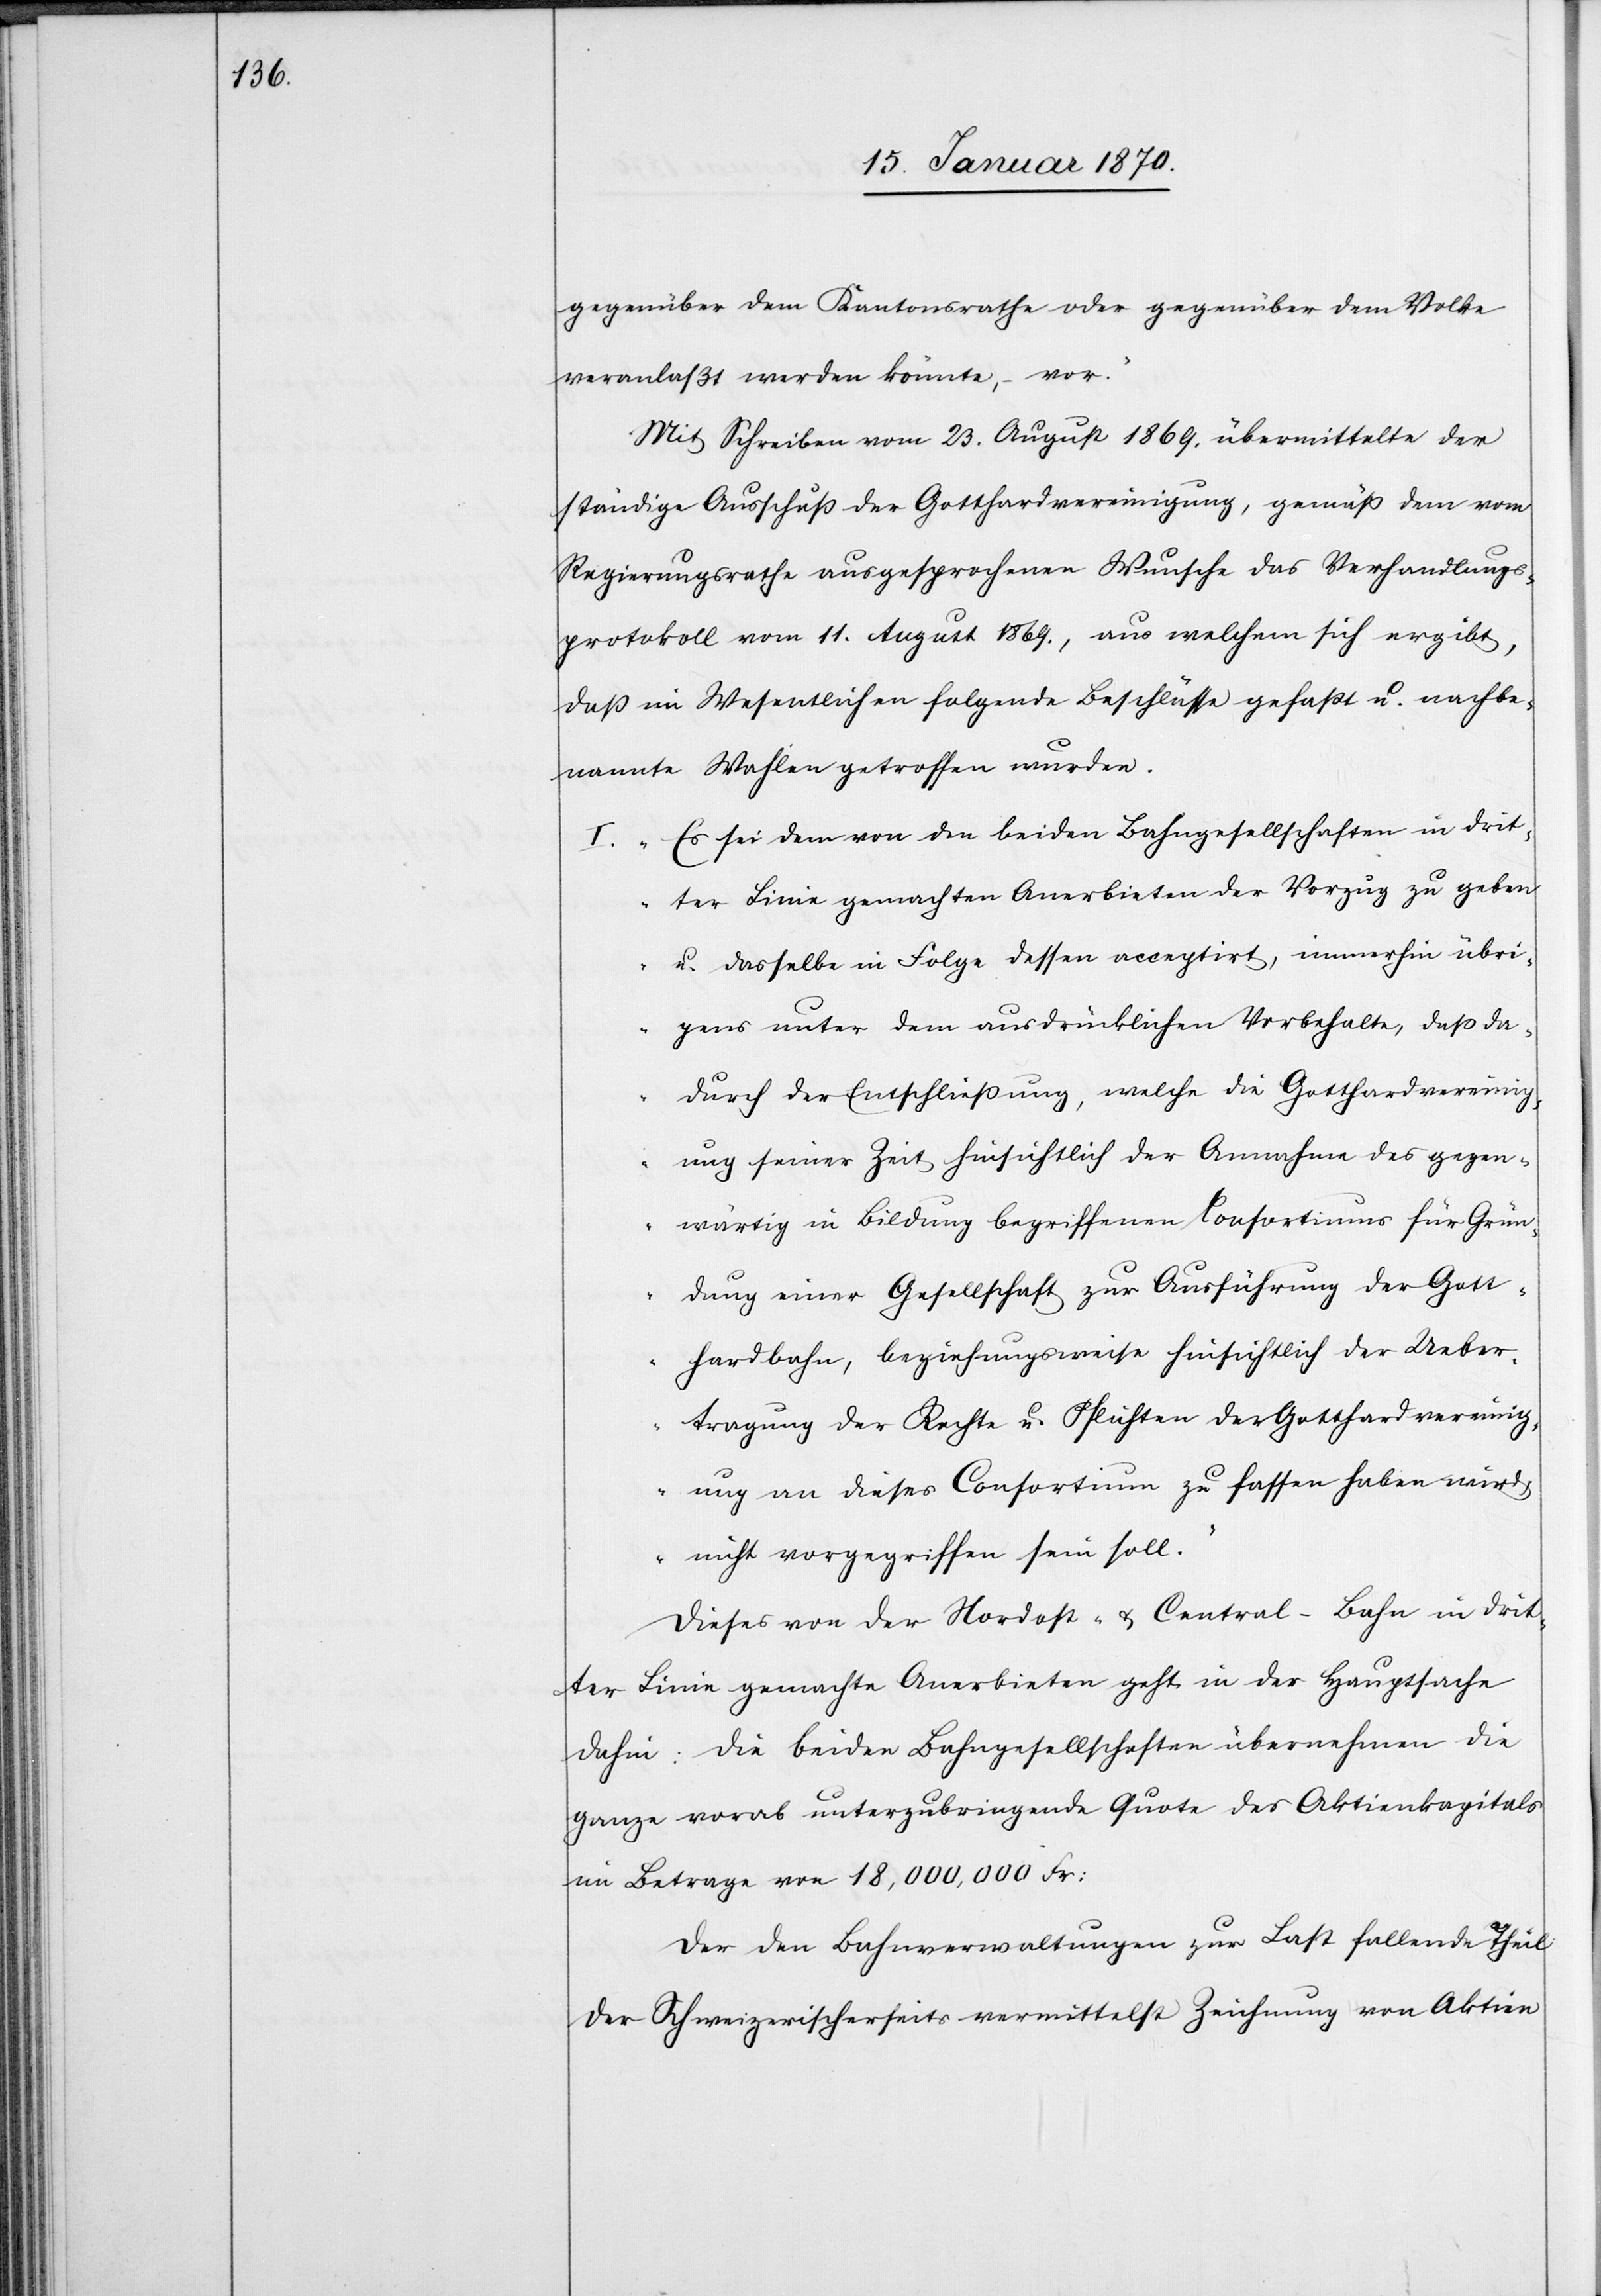
gegenüber dem Kantonsrathe oder gegenüber dem Volke
veranlaßt werden könnte, – vor.“
Mit Schreiben vom 23. August 1869. übermittelte der
ständige Ausschuß der Gotthardvereinigung, gemäß dem vom
Regierungsrathe ausgesprochenen Wunsche das Verhandlungs¬
protokoll vom 11. August 1869., aus welchem sich ergibt,
daß im Wesentlichen folgende Beschlüsse gefaßt u. nachbe¬
nannte Wahlen getroffen wurden.
I. „Es sei dem von den beiden Bahngesellschaften in drit¬
ter Linie gemachten Anerbieten der Vorzug zu geben
u. dasselbe in Folge dessen acceptirt, immerhin übri¬
gens unter dem ausdrücklichen Vorbehalte, daß da¬
durch der Entschließung, welche die Gotthardvereinig¬
ung seiner Zeit hinsichtlich der Annahme des gegen¬
wärtig in Bildung begriffenen Consortiums für Grün¬
dung einer Gesellschaft zur Ausführung der Gott¬
hardbahn, beziehungsweise hinsichtlich der Ueber¬
tragung der Rechte u. Pflichten der Gotthardvereinig¬
ung an dieses Consortium zu fassen haben wird,
nicht vorgegriffen sein soll.“
Dieses von der Nordost- u. Central-Bahn in drit¬
ter Linie gemachte Anerbieten geht in der Hauptsache
dahin: Die beiden Bahngesellschaften übernehmen die
ganze vorab unterzubringende Quote des Aktienkapitals
im Betrage von 18,000,000 Fr:
Der den Bahnverwaltungen zur Last fallende Theil
der Schweizerischerseits vermittelst Zeichnung von Aktien